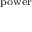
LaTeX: \scriptstyle { \mathrm { p o w e r } }